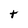
Character: t